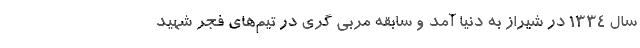
سال ۱۳۳۴ در شیراز به دنیا آمد و سابقه مربی گری در تیم‌های فجر شهید